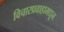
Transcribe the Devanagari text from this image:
विचारप्रवाहामधून